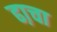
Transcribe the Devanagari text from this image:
ढा़चा